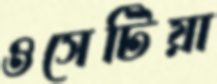
ওসেটিয়া